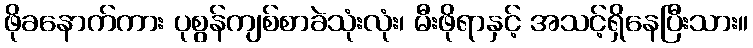
ဖိုခနောက်ကား ပုစွန်ကျစ်စာခဲသုံးလုံး၊ မီးဖိုရာနှင့် အသင့်ရှိနေပြီးသား။